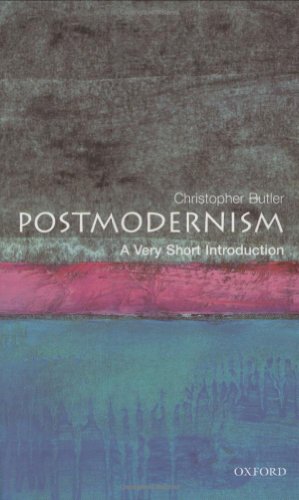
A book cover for Postmodernism: A Very Short Introduction; Christopher Butler; Politics & Social Sciences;